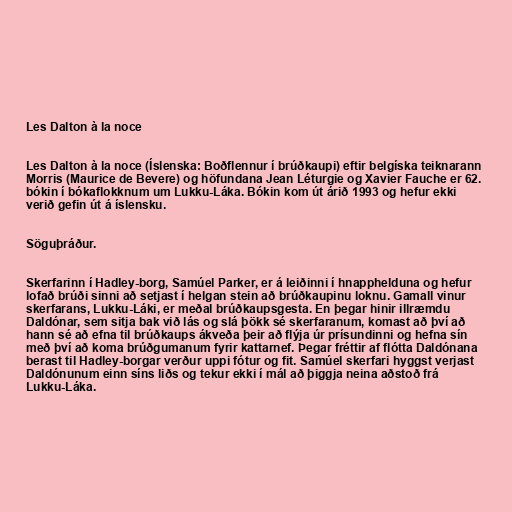
Les Dalton à la noce

Les Dalton à la noce (Íslenska: Boðflennur í brúðkaupi) eftir belgíska teiknarann
Morris (Maurice de Bevere) og höfundana Jean Léturgie og Xavier Fauche er 62.
bókin í bókaflokknum um Lukku-Láka. Bókin kom út árið 1993 og hefur ekki
verið gefin út á íslensku.

Söguþráður.

Skerfarinn í Hadley-borg, Samúel Parker, er á leiðinni í hnapphelduna og hefur
lofað brúði sinni að setjast í helgan stein að brúðkaupinu loknu. Gamall vinur
skerfarans, Lukku-Láki, er meðal brúðkaupsgesta. En þegar hinir illræmdu
Daldónar, sem sitja bak við lás og slá þökk sé skerfaranum, komast að því að
hann sé að efna til brúðkaups ákveða þeir að flýja úr prísundinni og hefna sín
með því að koma brúðgumanum fyrir kattarnef. Þegar fréttir af flótta Daldónana
berast til Hadley-borgar verður uppi fótur og fit. Samúel skerfari hyggst verjast
Daldónunum einn síns liðs og tekur ekki í mál að þiggja neina aðstoð frá
Lukku-Láka.